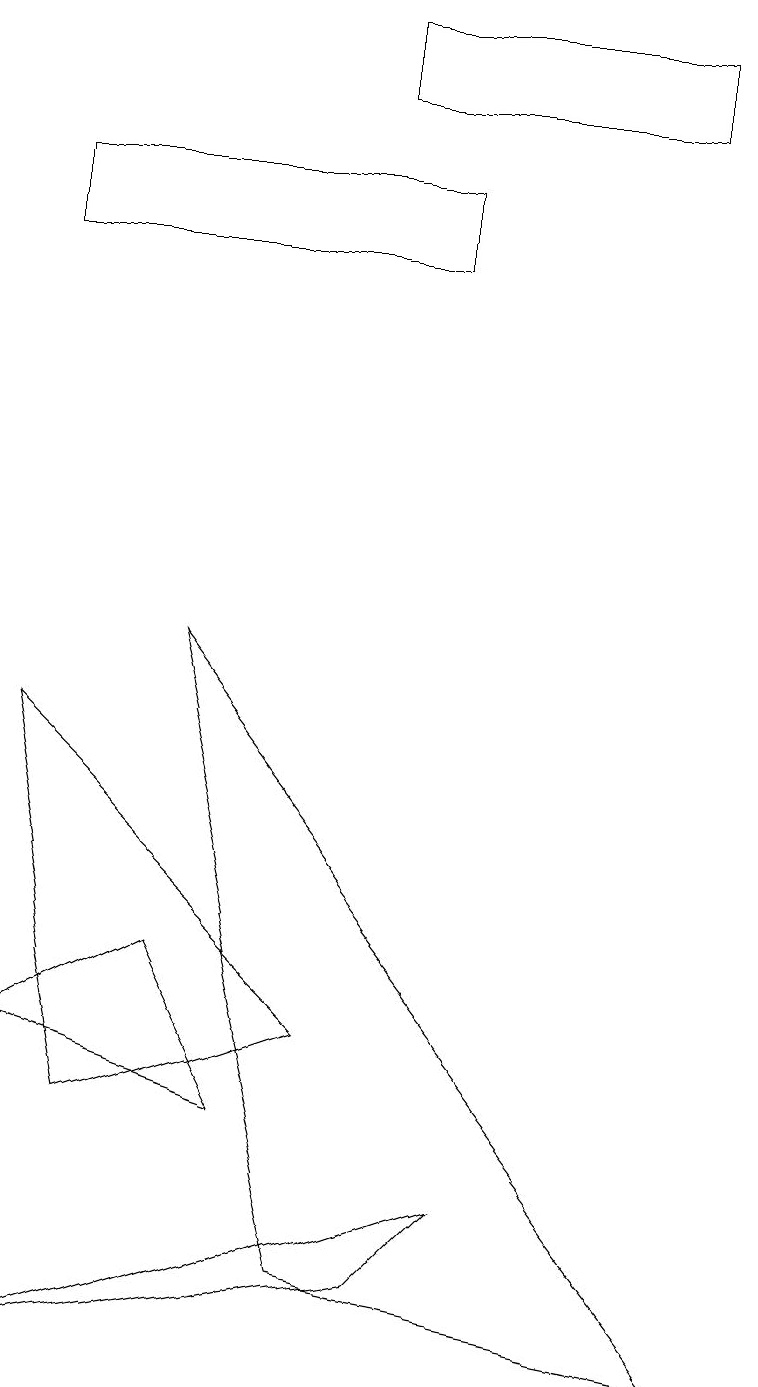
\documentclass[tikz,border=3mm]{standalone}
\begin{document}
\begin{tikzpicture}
\draw (1,3) -- (0,8) -- (4,4) -- cycle;
\draw (2,9) -- (9,0) -- (4,1) -- cycle;
\draw (5,14) rectangle (0,15);
\draw (3,3) -- (0,4) -- (2,5) -- cycle;
\draw (8,17) rectangle (4,16);
\draw (0,0) -- (6,2) -- (5,1) -- cycle;
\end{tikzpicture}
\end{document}